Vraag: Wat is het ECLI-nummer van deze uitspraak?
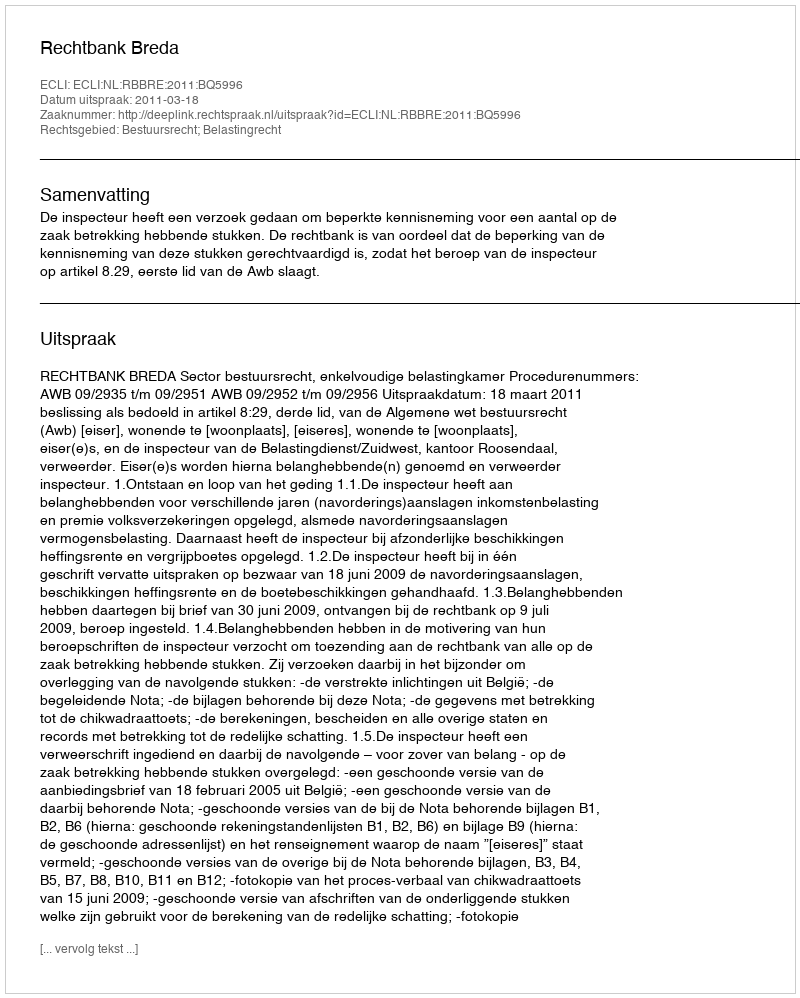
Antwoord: ECLI:NL:RBBRE:2011:BQ5996